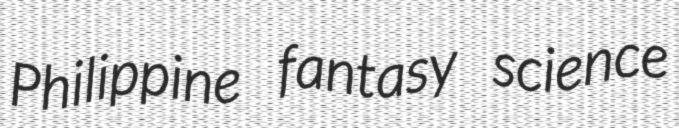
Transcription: Philippine fantasy science